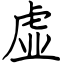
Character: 虚